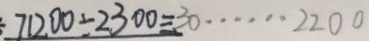
7 1 2 0 0 \div 2 3 0 0 = 3 0 \cdots 2 2 0 0